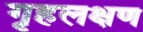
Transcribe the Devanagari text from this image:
गृहलक्षण